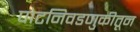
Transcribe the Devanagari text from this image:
पोटनिवडणुकीतून